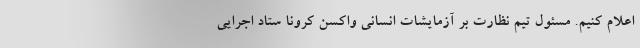
اعلام کنیم. مسئول تیم نظارت بر آزمایشات انسانی واکسن کرونا ستاد اجرایی